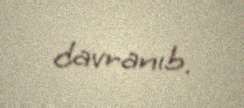
davranıb.